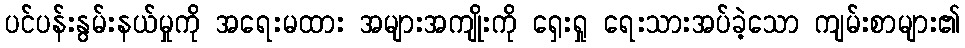
ပင်ပန်းနွမ်းနယ်မှုကို အရေးမထား အများအကျိုးကို ရှေးရှု ရေးသားအပ်ခဲ့သော ကျမ်းစာများ၏